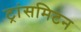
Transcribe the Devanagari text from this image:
ट्रांसमिटन